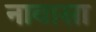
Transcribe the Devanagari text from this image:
नावासा